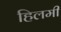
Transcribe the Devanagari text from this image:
हिलमी